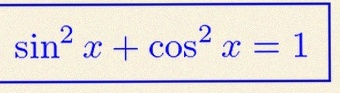
\sin^2x+\cos^2x=1